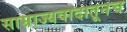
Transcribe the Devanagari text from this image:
साम्राज्यवादातूनच